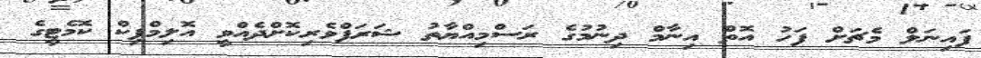
ފައިނަލް މެޗަށް ފަހު އޮތް އިނާމް ދިނުމުގެ ރަސްމިއްޔާތު ޝަރަފްވެރިކޮށްދެއްވީ އޮލިމްޕިކް ކޮމެޓީގެ